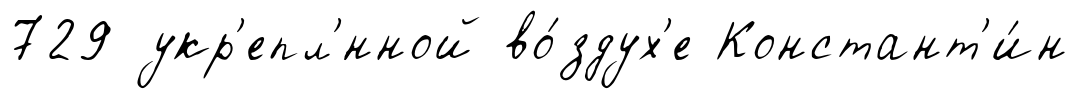
729 укр'епл'́нной во́здух'е Констант'и́н